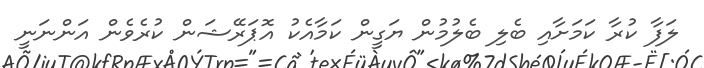
ލަފާ ކުރާ ކަމަށާއި ބެލި ބެލުމުން ޔަގީން ކަމާއެކު އޮޕަރޭޝަން ކުރެވެން އަންނަނީ